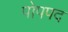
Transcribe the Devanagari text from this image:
पोपपद